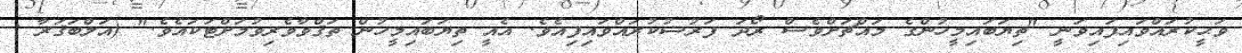
ވަޙީކުރައްވައިފައިވަނީ "ތިޔަބައިމީހުންގެ މައްޗަށްވެސް ރޯދަ ފަރުޟުކުރައްވައިފިއެވެ. އެއީ ތިޔަބައިމީހުން ތަޤްވާވެރިވުމަށްޓަކައެވެ." (އަލްބަޤަރާ :